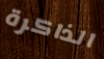
الذاكرة